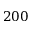
2 0 0